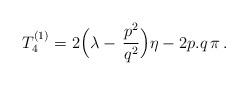
LaTeX: \begin{align*}T_4^{(1)}=2\Bigl(\lambda-\,\frac{p^2}{q^2}\Bigr)\eta-2p.q\,\pi\,.\end{align*}